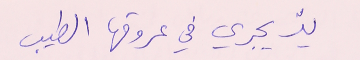
يدٌ يجري في عروقِها الطيب